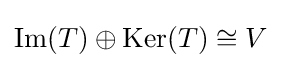
\operatorname {Im} (T)\oplus \operatorname {Ker} (T)\cong V